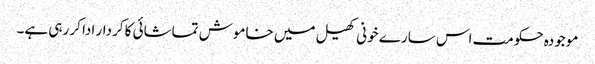
موجودہ حکومت اس سارے خونی کھیل میں خاموش تماشائی کا کردار ادا کر رہی ہے۔